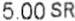
5.00 SR